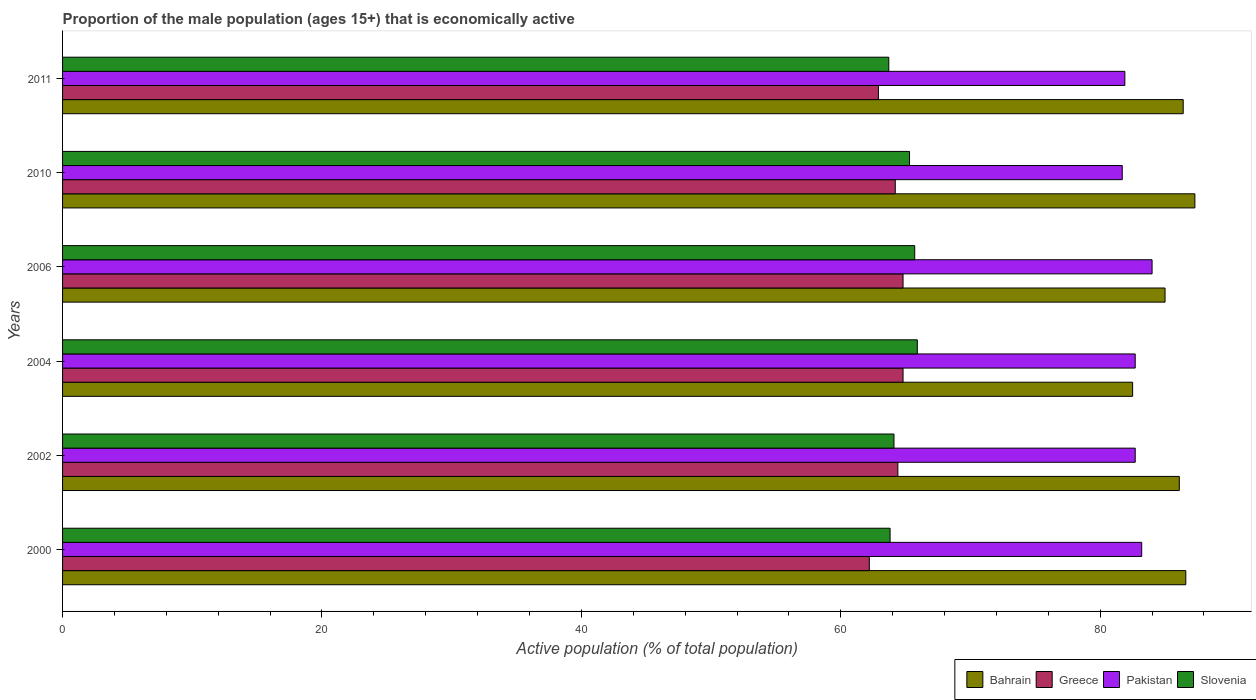
| Years | Bahrain | Greece | Pakistan | Slovenia |
 | --- | --- | --- | --- | --- |
 | 2000 | 86.6 | 62.2 | 83.2 | 63.8 |
 | 2002 | 86.1 | 64.4 | 82.7 | 64.1 |
 | 2004 | 82.5 | 64.8 | 82.7 | 65.9 |
 | 2006 | 85 | 64.8 | 84 | 65.7 |
 | 2010 | 87.3 | 64.2 | 81.7 | 65.3 |
 | 2011 | 86.4 | 62.9 | 81.9 | 63.7 |